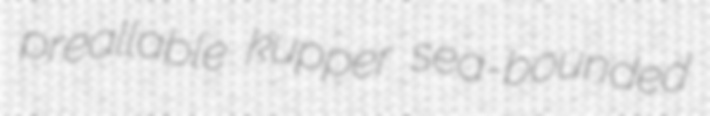
preallable kupper sea-bounded